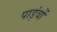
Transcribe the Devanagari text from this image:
पाड़ंवों